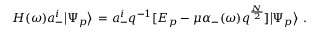
H ( \omega ) a _ { - } ^ { i } \big | \Psi _ { p } \big > \, = a _ { - } ^ { i } q ^ { - 1 } [ E _ { p } - \mu \alpha _ { - } ( \omega ) q ^ { \frac { N } { 2 } } ] \big | \Psi _ { p } \big > \ .